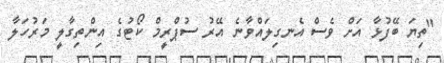
"ތިޔަ ބޭފުޅާ އަށް ވެސް އެނގިލައްވާނެ އޭރު ސުޕްރީމް ކޯޓުގެ އިންތިގާލީ މަރުހަލާ